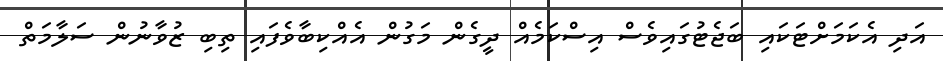
އަދި އެކަމަށްޓަކައި ބަޖެޓުގައިވެސް އިސްކަމެއް ދީގެން މަގުން އެއްކިބާވެފައި ތިބި ޒުވާނުން ސަލާމަތް